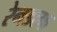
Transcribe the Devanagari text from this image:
रेनडल्फ